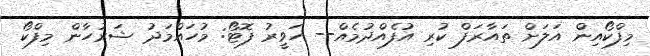
މިފްކޯއިން އަލަށް ތައާރަފް ކުރި އުފެއްދުމެއް-- ހަވީރު ފޮޓޯ: މުހައްމަދު ޝަރުހާން މިފްކޯ